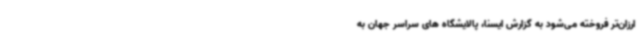
ارزان‌تر فروخته می‌شود به گزارش ایسنا، پالایشگاه های سراسر جهان به